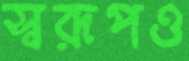
স্বরূপও